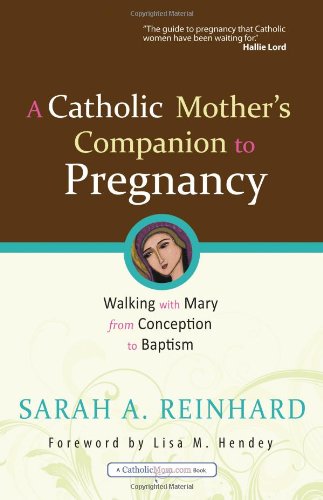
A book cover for A Catholic Mother's Companion to Pregnancy: Walking with Mary from Conception to Baptism (Catholicmom.Com Books); Sarah A. Reinhard; Health, Fitness & Dieting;